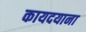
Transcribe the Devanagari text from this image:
कायदयाना